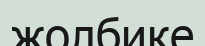
жолбике